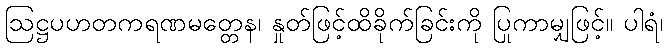
ဩဋ္ဌပဟတကရဏမတ္တေန၊ နှုတ်ဖြင့်ထိခိုက်ခြင်းကို ပြုကာမျှဖြင့်။ ပါရံ၊